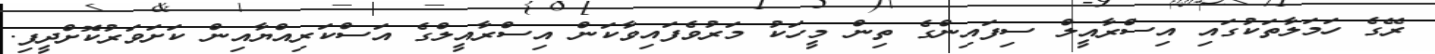
ރޭގެ ހަމަލާތަކުގައި އިސްރާއީލް ސިފައިންގެ ތިން މީހަކު މަރުވެފައިވާކަން އިސްރާއީލްގެ އަސްކަރިއްޔާއިން ކަށަވަރުކޮށްދީފި.